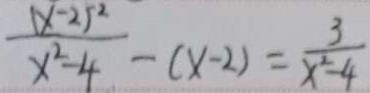
\frac { ( x - 2 ) ^ { 2 } } { x ^ { 2 } - 4 } - ( x - 2 ) = \frac { 3 } { x ^ { 2 } - 4 }